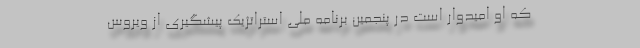
که او امیدوار است در پنجمین برنامه ملی استراتژیک پیشگیری از ویروس